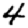
Digit: 4